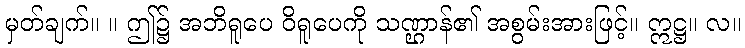
မှတ်ချက်။ ။ ဤ၌ အဘိရူပေ ဝိရူပေကို သဏ္ဌာန်၏ အစွမ်းအားဖြင့်။ ဣဋ္ဌ။ လ။